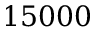
1 5 0 0 0